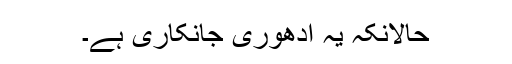
حالانکہ یہ ادھوری جانکاری ہے۔